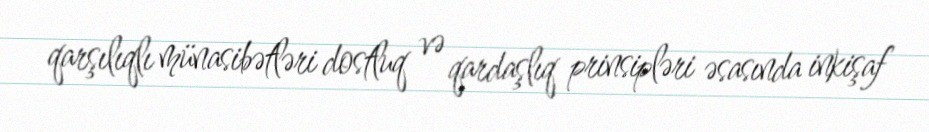
qarşılıqlı münasibətləri dostluq və qardaşlıq prinsipləri əsasında inkişaf